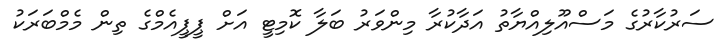
ސަރުކާރުގެ މަސްއޫލިއްޔާތު އަދާކުރާ މިންވަރު ބަލާ ކޮމިޓީ އަށް ޕީޕީއެމްގެ ތިން މެމްބަރަކު